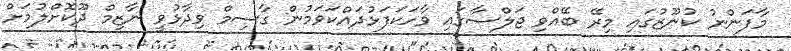
މާފަންނު ކުނޫޒުގައި މިރޭ ބޭއްވި ޖަލްސާގައި ވާހަކަފަޅުދައްކަވަމުން ގާސިމް ވިދާޅުވީ ނާޒިމް ދޫކޮށްލުމަށް